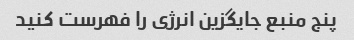
پنج منبع جایگزین انرژی را فهرست کنید